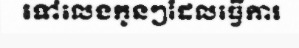
ទៅលេងកូនៗដែលធ្វើការ